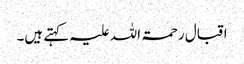
اقبال رحمۃ اللہ علیہ کہتے ہیں۔